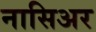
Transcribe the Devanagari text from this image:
नासिअर